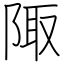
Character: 陬